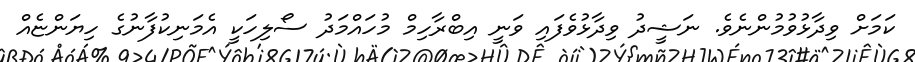
ކަމަށް ވިދާޅުވުމުންނެވެ. ނަޝީދު ވިދާޅުވެފައި ވަނީ އިބްރާހިމް މުހައްމަދު ސޯލިހަކީ އެމަނިކުފާނުގެ ހިޔަންޏެއް